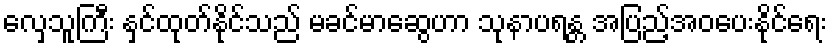
လှေသူကြီး နှင်ထုတ်နိုင်သည် မခင်မာဆွေဟာ သုနာပရန္တ အပြည့်အဝပေးနိုင်ရေး